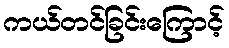
ကယ်တင်ခြင်းကြောင့်